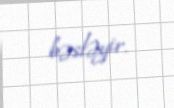
bəsləyir.